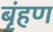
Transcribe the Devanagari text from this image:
बृंहण